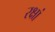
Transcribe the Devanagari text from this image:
रक्षां